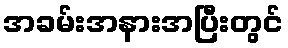
အခမ်းအနားအပြီးတွင်